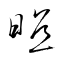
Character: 照